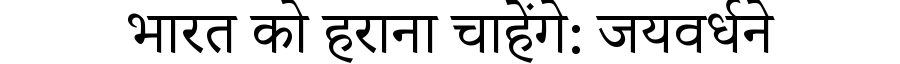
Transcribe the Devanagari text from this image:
भारत को हराना चाहेंगे: जयवर्धने